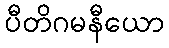
ပီတိဂမနီယော